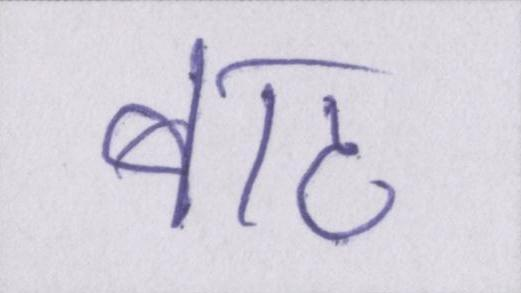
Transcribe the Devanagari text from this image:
बाट